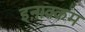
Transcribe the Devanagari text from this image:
इनाक्कम